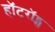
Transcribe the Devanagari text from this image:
हॉटरॉड्स